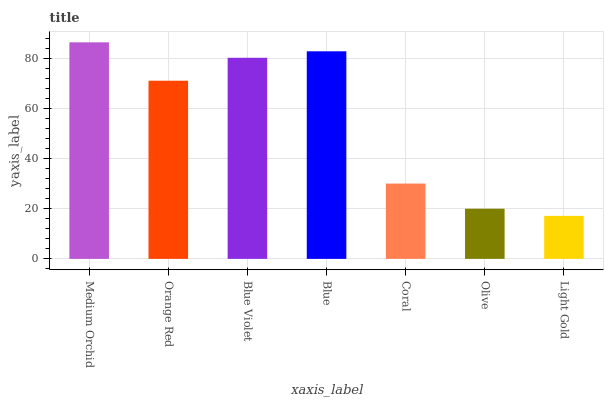
| xaxis_label | bars |
 | --- | --- |
 | Medium Orchid | 86.6 |
 | Orange Red | 71.3 |
 | Blue Violet | 80.4 |
 | Blue | 83 |
 | Coral | 30.1 |
 | Olive | 20.1 |
 | Light Gold | 17.2 |